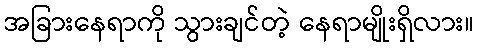
အခြားနေရာကို သွားချင်တဲ့ နေရာမျိုးရှိလား။